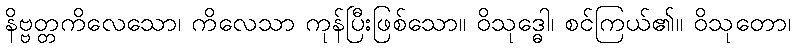
နိဗ္ဗတ္တကိလေသော၊ ကိလေသာ ကုန်ပြီးဖြစ်သော။ ဝိသုဒ္ဓေါ၊ စင်ကြယ်၏။ ဝိသုတော၊